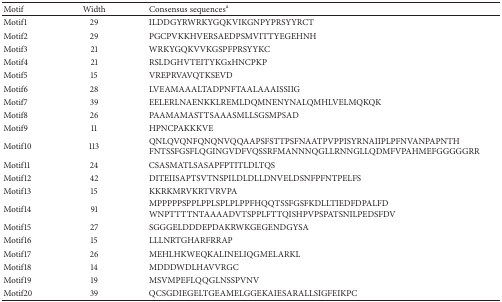
<table><thead><tr><td><b>Motif</b></td><td><b>Width</b></td><td><b>Consensus sequences<sup>a</sup></b></td></tr></thead><tbody><tr><td>Motif1</td><td>29</td><td>ILDDGYRWRKYGQKVIKGNPYPRSYYRCT</td></tr><tr><td>Motif2</td><td>29</td><td>PGCPVKKHVERSAEDPSMVITTYEGEHNH</td></tr><tr><td>Motif3</td><td>21</td><td>WRKYGQKVVKGSPFPRSYYKC</td></tr><tr><td>Motif4</td><td>21</td><td>RSLDGHVTEITYKGxHNCPKP</td></tr><tr><td>Motif5</td><td>15</td><td>VREPRVAVQTKSEVD</td></tr><tr><td>Motif6</td><td>28</td><td>LVEAMAAALTADPNFTAALAAAISSIIG</td></tr><tr><td>Motif7</td><td>39</td><td>EELERLNAENKKLREMLDQMNENYNALQMHLVELMQKQK</td></tr><tr><td>Motif8</td><td>26</td><td>PAAMAMASTTSAAASMLLSGSMPSAD</td></tr><tr><td>Motif9</td><td>11</td><td>HPNCPAKKKVE</td></tr><tr><td>Motif10</td><td>113</td><td>QNLQVQNFQNQNVQQAAPSFSTTPSFNAATPVPPISYRNAIIPLPFNVANPAPNTH FNTSSFGSFLQGINGVDFVQSSRFMANNNQGLLRNNGLLQDMFVPAHMEFGGGGGRR</td></tr><tr><td>Motif11</td><td>24</td><td>CSASMATLSASAPFPTITLDLTQS</td></tr><tr><td>Motif12</td><td>42</td><td>DITEIISAPTSVTNSPILDLDLLDNVELDSNFPFNTPELFS</td></tr><tr><td>Motif13</td><td>15</td><td>KKRKMRVKRTVRVPA</td></tr><tr><td>Motif14</td><td>91</td><td>MPPPPPSPPLPPLSPLPLPPFHQQTSSFGSFKDLLTIEDFDPALFD WNPTTTTNTAAAADVTSPPLFTTQISHPVPSPATSNILPEDSFDV</td></tr><tr><td>Motif15</td><td>27</td><td>SGGGELDDDEPDAKRWKGEGENDGYSA</td></tr><tr><td>Motif16</td><td>15</td><td>LLLNRTGHARFRRAP</td></tr><tr><td>Motif17</td><td>26</td><td>MEHLHKWEQKALINELIQGMELARKL</td></tr><tr><td>Motif18</td><td>14</td><td>MDDDWDLHAVVRGC</td></tr><tr><td>Motif19</td><td>19</td><td>MSVMPEFLQQGLNSSPVNV</td></tr><tr><td>Motif20</td><td>39</td><td>QCSGDIEGELTGEAMELGGEKAIESARALLSIGFEIKPC</td></tr></tbody></table>